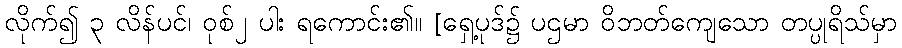
လိုက်၍ ၃ လိန်ပင်၊ ဝုစ်၂ ပါး ရကောင်း၏။ [ရှေ့ပုဒ်၌ ပဌမာ ဝိဘတ်ကျေသော တပ္ပုရိသ်မှာ